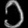
Digit: ၁